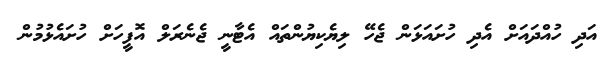
އަދި ހުއްދައަށް އެދި ހުށައަޅަން ޖެހޭ ލިޔެކިޔުންތައް އެޓާނީ ޖެނެރަލް އޮފީހަށް ހުށައެޅުމުން